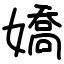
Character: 嬌